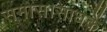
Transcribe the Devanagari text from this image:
समास।साधकें